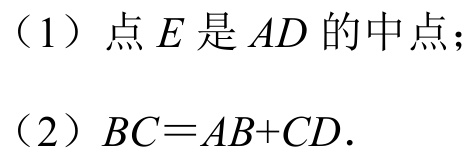
（1）点\(E\)是\(AD\)的中点；
（2）\(BC = AB + CD\).